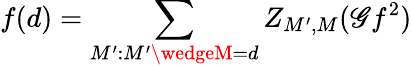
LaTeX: f(d)=\sum_{M^{\prime}:M^{\prime}\wedgeM=d}Z_{M^{\prime},M}(\mathscr{G}f^{2})